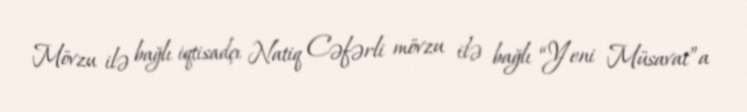
Mövzu ilə bağlı iqtisadçı Natiq Cəfərli mövzu ilə bağlı “Yeni Müsavat”a